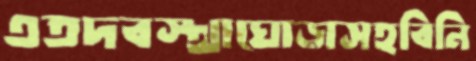
এতদবস্থাঘোড়াসহবিনি